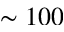
\sim 1 0 0